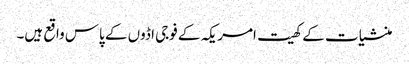
منشیات کے کھیت امریکہ کے فوجی اڈوں کے پاس واقع ہیں۔